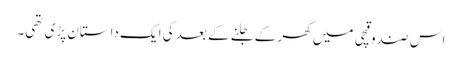
اس صندوقچی میں گھر کے جلنے کے بعد کی ایک داستان پڑی تھی۔